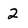
Character: 2